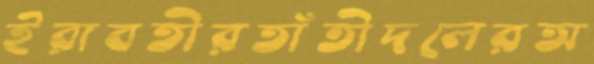
ইরাবতীরতাঁতীদলেরঅ